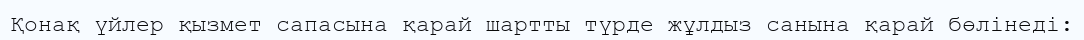
Қонақ үйлер қызмет сапасына қарай шартты түрде жұлдыз санына қарай бөлінеді: